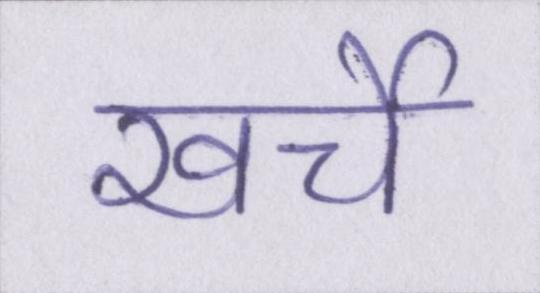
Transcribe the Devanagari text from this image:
खर्चे